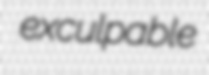
exculpable